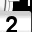
Digit: 2